Civil Veterinary Department Bengal reports 1923-33 - 1923-1933
Year: 1923
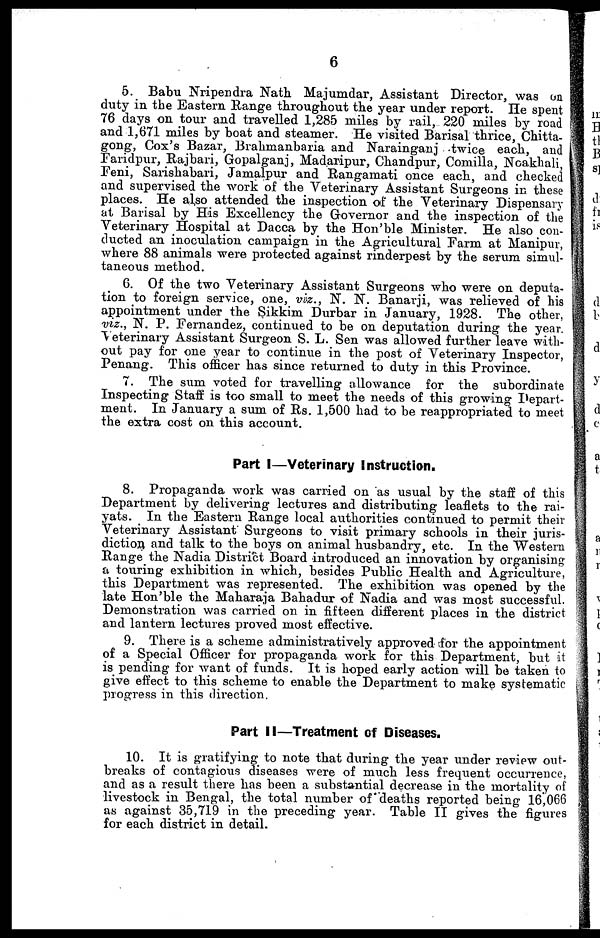
6
5. Babu Nripendra Nath Majumdar, Assistant Director, was on
duty in the Eastern Range throughout the year under report. He spent
76 days on tour and travelled 1,285 miles by rail, 220 miles by road
and 1,671 miles by boat and steamer. He visited Barisal thrice, Chitta-
gong, Cox's Bazar, Brahmanbaria and Narainganj twice each, and
Faridpur, Rajbari, Gopalganj, Madaripur, Chandpur, Comilla, Ncakhali,
Feni, Sarishabari, Jamalpur and Rangamati once each, and checked
and supervised the work of the Veterinary Assistant Surgeons in these
places. He also attended the inspection of the Veterinary Dispensary
at Barisal by His Excellency the Governor and the inspection of the
Veterinary Hospital at Dacca by the Hon'ble Minister. He also con-
ducted an inoculation campaign in the Agricultural Farm at Manipur,
where 88 animals were protected against rinderpest by the serum simul-
taneous method.
6. Of the two Veterinary Assistant Surgeons who were on deputa-
tion to foreign service, one, viz., N. N. Banarji, was relieved of his
appointment under the Sikkim Durbar in January, 1928. The other,
viz., N. P. Fernandez, continued to be on deputation during the year.
Veterinary Assistant Surgeon S. L. Sen was allowed further leave with-
out pay for one year to continue in the post of Veterinary Inspector,
Penang. This officer has since returned to duty in this Province.
7. The sum voted for travelling allowance for the subordinate
Inspecting Staff is too small to meet the needs of this growing Depart-
ment. In January a sum of Rs. 1,500 had to be reappropriated to meet
the extra cost on this account.
Part I—Veterinary Instruction.
8. Propaganda work was carried on as usual by the staff of this
Department by delivering lectures and distributing leaflets to the rai-
yats. In the Eastern Range local authorities continued to permit their
Veterinary Assistant Surgeons to visit primary schools in their juris-
diction and talk to the boys on animal husbandly, etc. In the Western
Range the Nadia District Board introduced an innovation by organising
a touring exhibition in which, besides Public Health and Agriculture,
this Department was represented. The exhibition was opened by the
late Hon'ble the Maharaja Bahadur of Nadia and was most successful.
Demonstration was carried on in fifteen different places in the district
and lantern lectures proved most effective.
9. There is a scheme administratively approved for the appointment
of a Special Officer for propaganda work for this Department, but it
is pending for want of funds. It is hoped early action will be taken to
give effect to this scheme to enable the Department to make systematic
progress in this direction.
Part II—Treatment of Diseases.
10. It is gratifying to note that during the year under review out-
breaks of contagious diseases were of much less frequent occurrence,
and as a result there has been a substantial decrease in the mortality of
livestock in Bengal, the total number of deaths reported being 16,066
as against 35,719 in the preceding year. Table II gives the figures
for each district in detail.